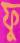
ফু